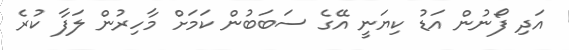
އަދި ފޯނުން އަޑު ކިޔަނީ އޭގެ ސަބަބުން ކަމަށް މާހިރުން ލަފާ ކުރެ